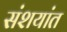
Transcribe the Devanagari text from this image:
संशयांत